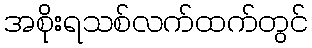
အစိုးရသစ်လက်ထက်တွင်